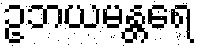
ဥဘယမန္တရေ